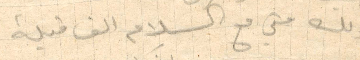
ولك مني مع السلام الف قبلة